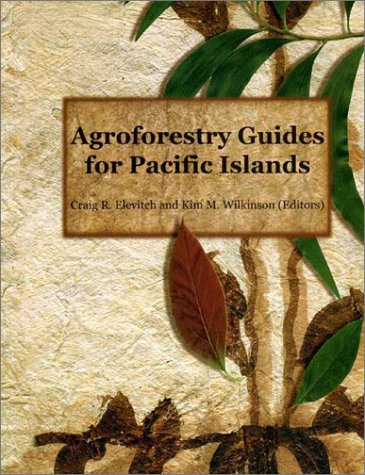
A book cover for Agroforestry Guides for Pacific Islands; Science & Math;